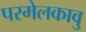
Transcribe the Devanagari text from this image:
परमेलकावु